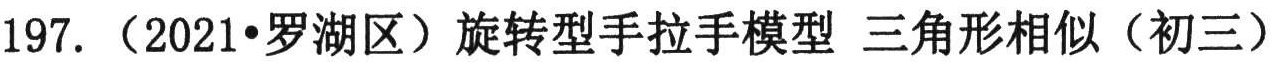
197. （2021•罗湖区）旋转型手拉手模型 三角形相似（初三）